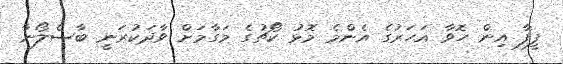
ފީފާ އިން ހޮވާ އަހަރުގެ އެންމެ މޮޅު ކޯޗުގެ މަގާމަށް ވާދަކުރަނީ ބާސެލޯނާ